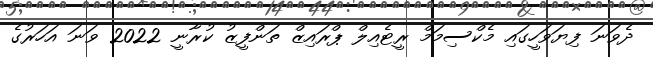
ދެވަނަ ފިޔަވަހީގައި މެކްސިމަމް ރީޓެއިލް ޕްރައިޒް ތަންފީޒު ކުރާނީ 2022 ވަނަ އަހަރުގެ